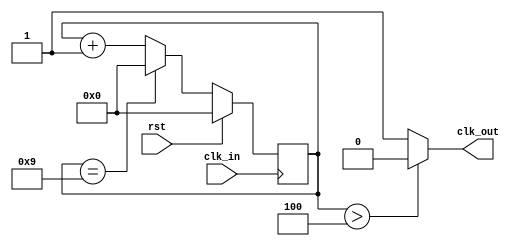
`timescale 1ns / 1ps
//////////////////////////////////////////////////////////////////////////////////
// Company: 
// Engineer: 
// 
// Design Name: 
// Module Name:    clock_div 
// Project Name: 
// Target Devices: 
// Tool versions: 
// Description: 
//
// Dependencies: 
//
// Revision: 
// Revision 0.01 - File Created
// Additional Comments: 
//
//////////////////////////////////////////////////////////////////////////////////
module clock_div(
    input rst,
    input clk_in,
    output clk_out
    );

//create 4 bit counter
reg [3:0] counter;


always @ (posedge clk_in)  //at posedge of 10-kHz
	begin
		if (rst)
			counter <= 4'b0000;
		else if (counter == 4'b1001)  //reset counter at start of 11th cycle
			counter <= 4'b0000;
		else
			counter <= counter + 1'b1;  //increment counter
	end

//1-kHz clock - toggle counter every 5th cycle
assign clk_out = ((counter > 4'b0100) ? 1'b0 : 1'b1);

endmodule